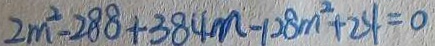
2 m ^ { 2 } - 2 8 8 + 3 8 4 m - 1 2 8 m ^ { 2 } + 2 4 = 0